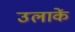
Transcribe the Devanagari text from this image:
उलाकें